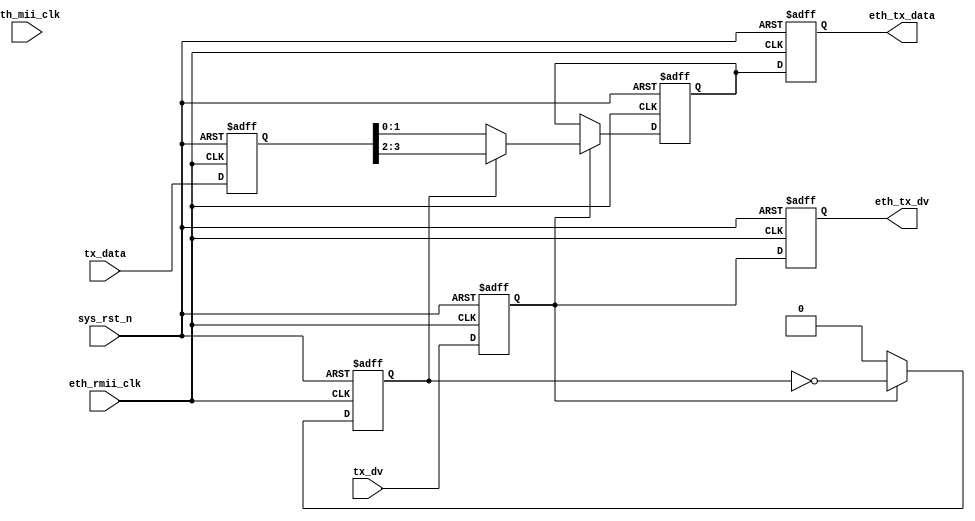
`timescale  1ns/1ns
////////////////////////////////////////////////////////////////////////
// Module Name   : mii_to_rmii
// Project Name  : eth_vga_pic
// Target Devices: Altera EP4CE10F17C8N
// Tool Versions : Quartus 13.0
// Description   : miirmii
// 
// Revision      : V1.0
// Additional Comments:
// 
// : _Pro_FPGA
//     : http://www.embedfire.com
//     : http://www.firebbs.cn
//     : https://fire-stm32.taobao.com
////////////////////////////////////////////////////////////////////////

module  mii_to_rmii
(
    input   wire            eth_mii_clk ,   //mii
    input   wire            eth_rmii_clk,   //rmii
    input   wire            sys_rst_n   ,   //
    input   wire            tx_dv       ,   //(mii)
    input   wire    [3:0]   tx_data     ,   //(mii)

    output  reg             eth_tx_dv   ,   //(rmii)
    output  reg     [1:0]   eth_tx_data     //(rmii)
);

//********************************************************************//
//****************** Parameter and Internal Signal *******************//
//********************************************************************//
reg             tx_dv_reg       ;   //(mii)
reg     [3:0]   tx_data_reg     ;   //(mii)
reg             rd_flag         ;   //eth_tx_data_reg
reg     [1:0]   eth_tx_data_reg ;   //(rmii)

//********************************************************************//
//***************************** Main Code ****************************//
//********************************************************************//
//tx_dv_reg:(mii)
always@(negedge eth_rmii_clk or negedge sys_rst_n)
    if(sys_rst_n == 1'b0)
        tx_dv_reg   <=  1'b0;
    else
        tx_dv_reg   <=  tx_dv;

//tx_data_reg:(mii)
always@(negedge eth_rmii_clk or negedge sys_rst_n)
    if(sys_rst_n == 1'b0)
        tx_data_reg   <=  4'b0;
    else
        tx_data_reg   <=  tx_data;

//rd_flag:eth_tx_data_reg
always@(negedge eth_rmii_clk or negedge sys_rst_n)
    if(sys_rst_n == 1'b0)
        rd_flag <=  1'b0;
    else    if(tx_dv_reg == 1'b1)
        rd_flag <=  ~rd_flag;
    else
        rd_flag <=  1'b0;

//eth_tx_data_reg:(rmii)
always@(posedge eth_rmii_clk or negedge sys_rst_n)
    if(sys_rst_n == 1'b0)
        eth_tx_data_reg <=  2'b0;
    else    if(tx_dv_reg == 1'b1)
        if(rd_flag == 1'b0)
            eth_tx_data_reg <=  {tx_data_reg[1:0]};
        else    if(rd_flag == 1'b1)
            eth_tx_data_reg <=  {tx_data_reg[3:2]};
    else
        eth_tx_data_reg <=  1'b0;

//eth_tx_dv:(rmii)
always@(negedge eth_rmii_clk or negedge sys_rst_n)
    if(sys_rst_n == 1'b0)
        eth_tx_dv   <=  1'b0;
    else
        eth_tx_dv   <=  tx_dv_reg;

//eth_tx_data:(rmii)
always@(negedge eth_rmii_clk or negedge sys_rst_n)
    if(sys_rst_n == 1'b0)
        eth_tx_data   <=  1'b0;
    else
        eth_tx_data   <=  eth_tx_data_reg;

endmodule